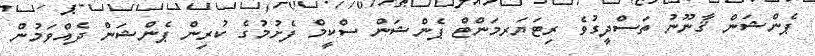
ޕެންޝަން ޤާނޫނު ތަސްދީގުވެ ރިޓަޔަރމަންޓް ޕެންޝަން ސްކީމް ފެށުމުގެ ކުރިން ޕެންޝަން ދެއްވަމުން